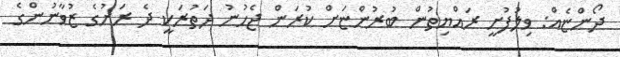
ދޯންޏެއް: ވިލުފުށީ ރައްޔިތުން ބުރުންޏަށް ކުރަން ޖެހުނު ދަތުރަކީ ދެ ރަށުގެ ޒުވާނުންގެ